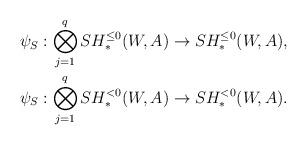
LaTeX: \begin{align*} \psi_S:\bigotimes_{j=1}^qSH_*^{\leq 0}(W,A) &\to SH_*^{\leq 0}(W,A), \cr \psi_S:\bigotimes_{j=1}^qSH_*^{<0}(W,A) &\to SH_*^{<0}(W,A). \end{align*}